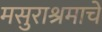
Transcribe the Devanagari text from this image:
मसुराश्रमाचे